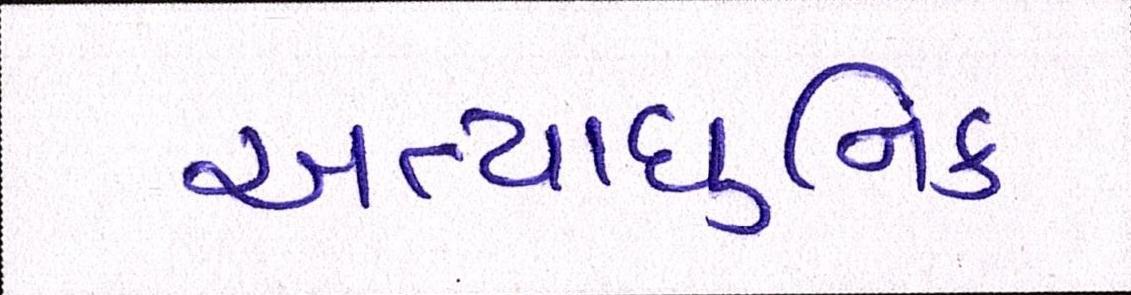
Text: અત્યાધુનિક